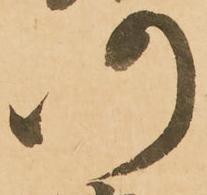
仍